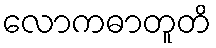
လောကဓာတူတိ